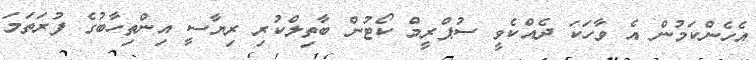
އެހެންކަމުން އެ ވާހަކަ ދެއްކެވީ ސުޕްރީމް ކޯޓުން ބާތިލްކުރި ރިޔާސީ އިންތިހާބުގެ ފުރަތަމަ